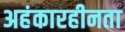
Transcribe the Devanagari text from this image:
अहंकारहीनता